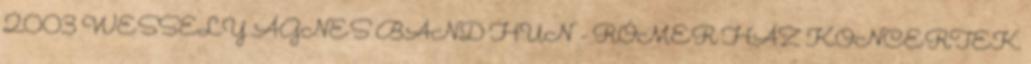
2003 WESSELY ÁGNES BAND HUN - RÓMER HÁZ KONCERTEK